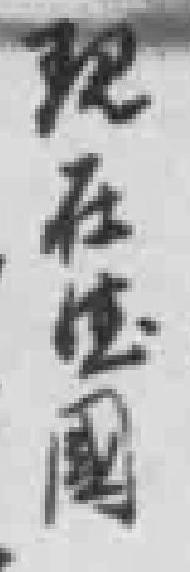
现在*國